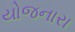
યોજનારા